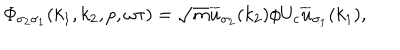
LaTeX: { \mit \Phi } _ { \sigma _ { 2 } \sigma _ { 1 } } ( k _ { 1 } , k _ { 2 } , p , \omega \tau ) = \sqrt { m } \overline { { { u } } } _ { \sigma _ { 2 } } ( k _ { 2 } ) \phi U _ { c } \overline { { { u } } } _ { \sigma _ { 1 } } ( k _ { 1 } ) ,